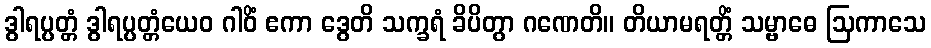
ဒွါရပ္ပတ္တံ ဒွါရပ္ပတ္တံယေဝ ဂါဝိံ ဧကာ ဒွေတိ သက္ခရံ ခိပိတွာ ဂဏေတိ။ တိယာမရတ္တိံ သမ္ဗာဓေ ဩကာသေ